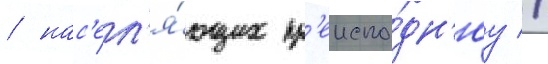
/ нас'ел'я́ющих пр'еиспо́дн'юу //